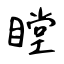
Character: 瞠